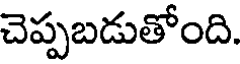
చెప్పబడుతోంది.